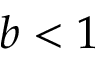
b < 1